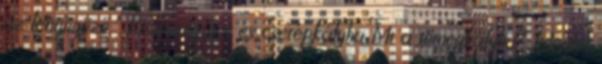
az lenyűgöző." Központifűtés és cserépkályha Mi a tömegkályha? Megéri